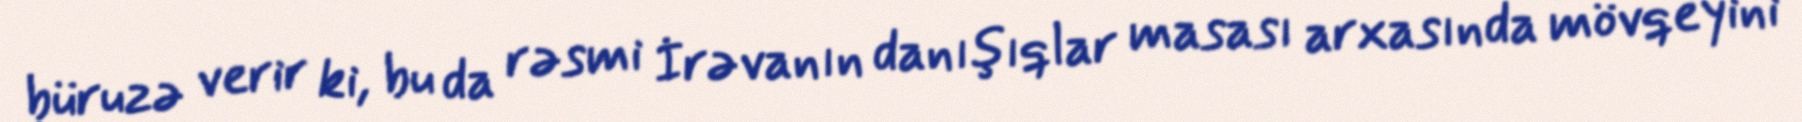
büruzə verir ki, bu da rəsmi İrəvanın danışıqlar masası arxasında mövqeyini